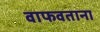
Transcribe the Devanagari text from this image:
वाफवताना